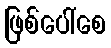
ဖြစ်ပေါ်စေ